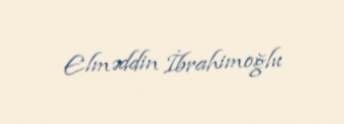
Elməddin İbrahimoğlu